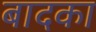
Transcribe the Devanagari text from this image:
बादका